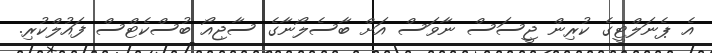
އެ ޕެނަލްޓީގެ ކުރިން ޖީސަސް ނާވަސް އަށް ބާސެލޯނާގެ ސާޖިއޯ ބުސްކެޓްސް ފައުލްކުރި.